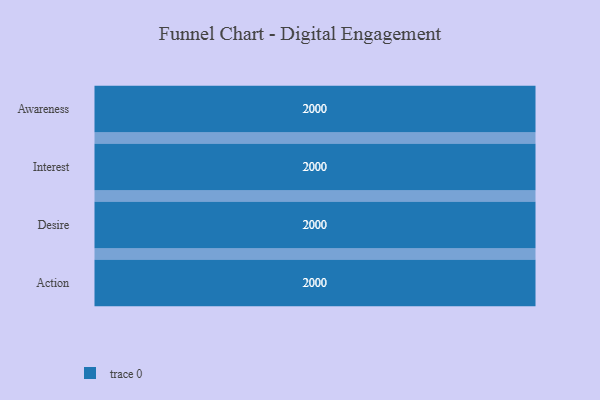
{"axis": {"x": "Stage", "y": "Value"}, "legend": [""], "data": [{"x": "Awareness", "y": 2000, "type": ""}, {"x": "Interest", "y": 2000, "type": ""}, {"x": "Desire", "y": 2000, "type": ""}, {"x": "Action", "y": 2000, "type": ""}]}